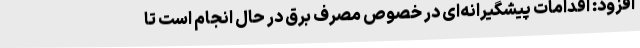
افزود: اقدامات پیشگیرانه‌ای در خصوص مصرف برق در حال انجام است تا